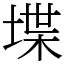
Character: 堞